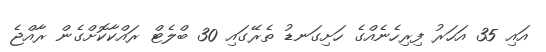
އައި 35 އަހަރު ފިރިހެނެއްގެ ހަށިގަނޑު ތެރޭގައި 30 ބްލެޓް ރައްކާކޮށްގެން ރާއްޖެ